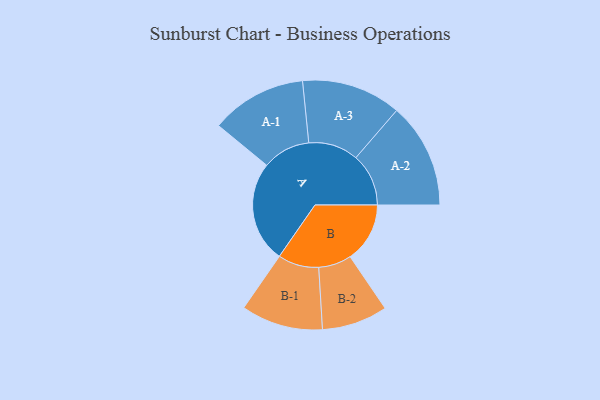
{"axis": {"x": "Segment", "y": "Value"}, "legend": ["", "A", "B"], "data": [{"x": "A", "y": 431, "type": ""}, {"x": "B", "y": 254, "type": ""}, {"x": "A-1", "y": 204, "type": "A"}, {"x": "A-2", "y": 224, "type": "A"}, {"x": "A-3", "y": 212, "type": "A"}, {"x": "B-1", "y": 174, "type": "B"}, {"x": "B-2", "y": 140, "type": "B"}]}